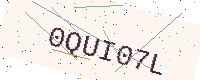
Text: 0QUI07L